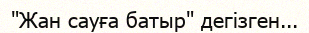
"Жан сауға батыр" дегізген...